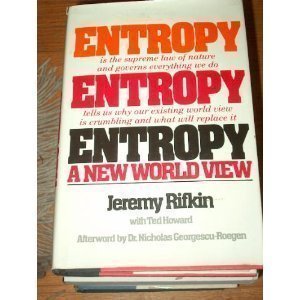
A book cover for Entropy: A New World View; Jeremy Rifkin; Science & Math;